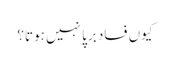
کیوں فساد برپا نہیں ہوتا؟